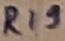
Text: R19